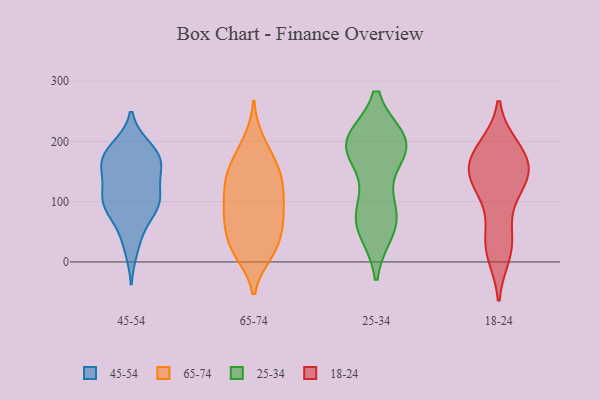
{"axis": {"x": "Backlog", "y": "Value"}, "legend": ["18-24", "25-34", "45-54", "65-74"], "data": [{"x": "", "y": 165, "type": "45-54"}, {"x": "", "y": 52, "type": "45-54"}, {"x": "", "y": 189, "type": "45-54"}, {"x": "", "y": 159, "type": "45-54"}, {"x": "", "y": 23, "type": "45-54"}, {"x": "", "y": 179, "type": "45-54"}, {"x": "", "y": 179, "type": "45-54"}, {"x": "", "y": 97, "type": "45-54"}, {"x": "", "y": 177, "type": "45-54"}, {"x": "", "y": 97, "type": "45-54"}, {"x": "", "y": 100, "type": "45-54"}, {"x": "", "y": 144, "type": "45-54"}, {"x": "", "y": 106, "type": "45-54"}, {"x": "", "y": 101, "type": "45-54"}, {"x": "", "y": 146, "type": "45-54"}, {"x": "", "y": 88, "type": "45-54"}, {"x": "", "y": 118, "type": "65-74"}, {"x": "", "y": 69, "type": "65-74"}, {"x": "", "y": 36, "type": "65-74"}, {"x": "", "y": 14, "type": "65-74"}, {"x": "", "y": 19, "type": "65-74"}, {"x": "", "y": 71, "type": "65-74"}, {"x": "", "y": 18, "type": "65-74"}, {"x": "", "y": 66, "type": "65-74"}, {"x": "", "y": 77, "type": "65-74"}, {"x": "", "y": 149, "type": "65-74"}, {"x": "", "y": 144, "type": "65-74"}, {"x": "", "y": 187, "type": "65-74"}, {"x": "", "y": 124, "type": "65-74"}, {"x": "", "y": 154, "type": "65-74"}, {"x": "", "y": 120, "type": "65-74"}, {"x": "", "y": 103, "type": "65-74"}, {"x": "", "y": 26, "type": "65-74"}, {"x": "", "y": 80, "type": "65-74"}, {"x": "", "y": 200, "type": "65-74"}, {"x": "", "y": 159, "type": "65-74"}, {"x": "", "y": 70, "type": "25-34"}, {"x": "", "y": 93, "type": "25-34"}, {"x": "", "y": 200, "type": "25-34"}, {"x": "", "y": 58, "type": "25-34"}, {"x": "", "y": 192, "type": "25-34"}, {"x": "", "y": 190, "type": "25-34"}, {"x": "", "y": 83, "type": "25-34"}, {"x": "", "y": 199, "type": "25-34"}, {"x": "", "y": 197, "type": "25-34"}, {"x": "", "y": 192, "type": "25-34"}, {"x": "", "y": 190, "type": "25-34"}, {"x": "", "y": 53, "type": "25-34"}, {"x": "", "y": 125, "type": "18-24"}, {"x": "", "y": 25, "type": "18-24"}, {"x": "", "y": 181, "type": "18-24"}, {"x": "", "y": 189, "type": "18-24"}, {"x": "", "y": 162, "type": "18-24"}, {"x": "", "y": 138, "type": "18-24"}, {"x": "", "y": 27, "type": "18-24"}, {"x": "", "y": 145, "type": "18-24"}, {"x": "", "y": 14, "type": "18-24"}, {"x": "", "y": 60, "type": "18-24"}, {"x": "", "y": 173, "type": "18-24"}, {"x": "", "y": 134, "type": "18-24"}, {"x": "", "y": 131, "type": "18-24"}, {"x": "", "y": 180, "type": "18-24"}]}